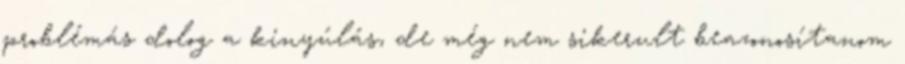
problémás dolog a kinyúlás, de még nem sikerult beazonosítanom